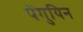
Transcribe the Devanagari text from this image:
पेंगुयिन